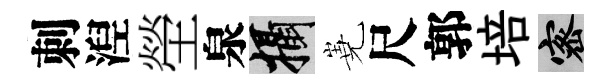
刺湼塋泉攝嶤尺郭培密